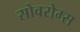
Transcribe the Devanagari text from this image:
सोवरोम्स